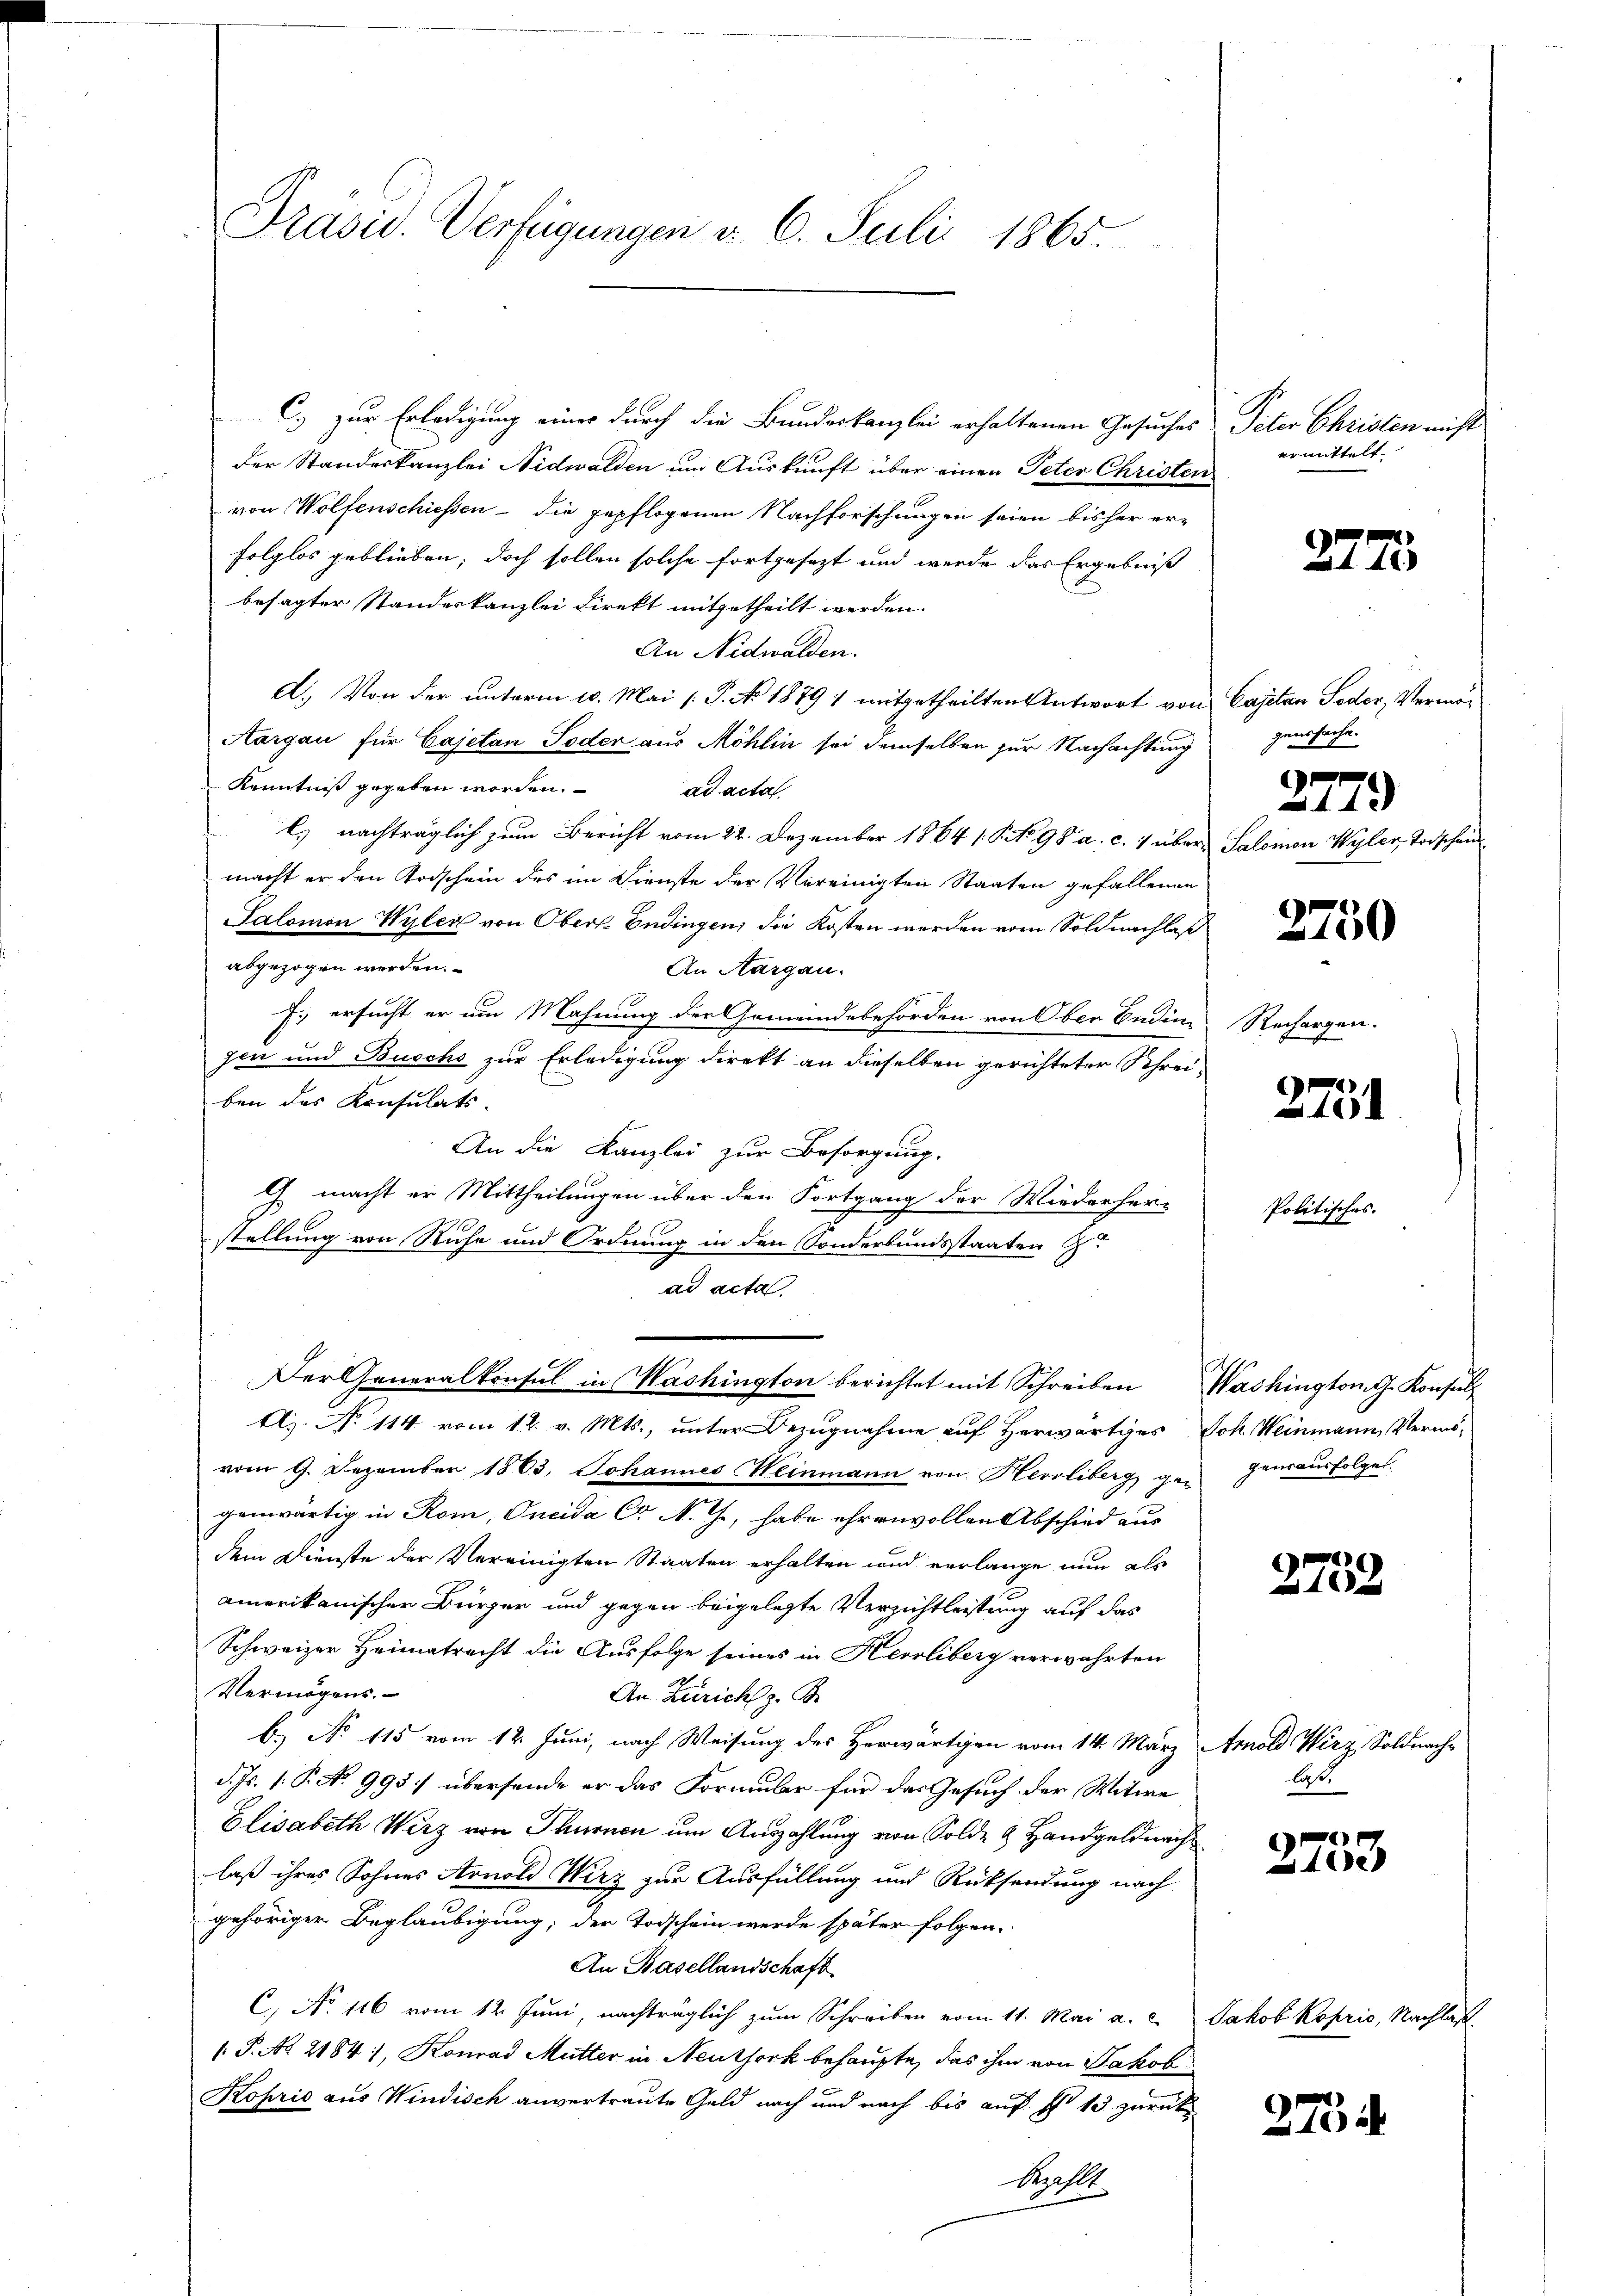
Präsid. Verfügungen d. 6. Juli 1865.

C.) zur Erledigung einer durch die Bundeskanzlei erhaltenen Gesuches
der Standeskanzlei Nidwalden um Auskunft über einen Peter Christen
von Wolfenschiessen - die gepflogenen Nachforschungen seien bisher er-
folglos geblieben; doch sollen solche fortgesezt und werde das Ergebniß
besagter Standeskanzlei Direkt mitgetheilt werden.
An Nidwalden.
A.) Von der unterm 10. Mai [P. No 1879 1 mitgetheilten Antwort von Cajetan Toder, Vermö¬
Aargau für Cajetan Toder aus Möhlin sei demselben zur Nachachtung
Kenntniß gegeben worden.
ad acta
l. nachträglich zum Bericht vom 22. Dezember 1864 1 S. 98 a. c. 7 über Salomo
macht er den Todschein des im Dienste der Vereinigten Staaten gefallenen
Salomon Wylen von Obers Endingen; die Kosten werden vom Soldnachlaß
abgezogen werden.
An Aargau.
J. ersucht er um Mahnung der Gemeindebehörden von Ober Bedin-
gen und Buchs zur Erledigung direkt an dieselben gerichteter Schrei-
ben des Konsulats.
An die Kanzlei zur Besorgung.
 macht er Mittheilungen über den Fortgang der Wiederher-
stellung von Ruhe und Ordnung in den Sonderbundsstaaten G
ad acta
Der Generalkonsul in Washington berichtet mit Schreiben Washington G. Konsul
Az. No. 114 vom 12. v. Mts., unter Bezugnahme auf Herwärtiges Joh. Weinmann, Verinsvom 9. Dezember 1863. Johannes Heinmann von Herrliberg gegensausfolges.
genwärtig in Rom, Oncida Cr N. C, habe ehrenvollen Abschied aus
dem Dienste der Vereinigten Staaten erhalten und verlange nun als
amerikanischer Bürger und gegen beigelegte Verzichtleistung auf das
Schweizer Heimatrecht die Ausfolge seines in Herrliberg verwahrten
Vermögens.
An Zürich z. B.
B.) No 115 vom 12. Juni, nach Weisung des Herwärtigen vom 14. März Arnold Wirz, Soldnach-
d. Js. 1. P. No 995) übersende er das Formular für das Gesuch der Witwe
Elisabeth Wirz von Thurnen um Auszahlung von Solde & Handgeld nachlaß ihres Sohnes Arnold Wirz zur Ausfüllung und Rücksendung nach
gehöriger Beglaubigung; der Todschein werde später folgen.
An Basellandschaft
C.) No 116 vom 12. Juni, nachträglich zum Schreiben vom 11. Mai a. c. Jakob Koprio, Nachlaß-
 P. No. 21841, Konrad Mutter in Neuthork behaupte, das ihm von Jakob
Koprio aus Windisch anvertraute Geld nach und nach bis auf S. 13 zurück
Mahlk

Peter Christen nicht
ermittelt.

genssache.

e

.

2750

Rechargen.

2751

2732

Politisches.

179
Wyhler Vorschauf

laß.

2753

274

2775